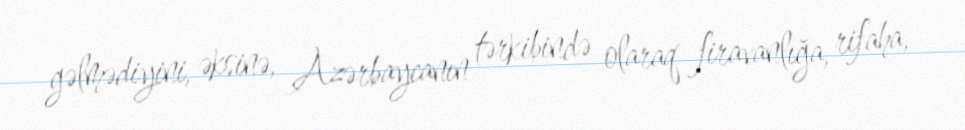
gəlmədiyini, əksinə, Azərbaycanın tərkibində olaraq firavanlığa, rifaha,